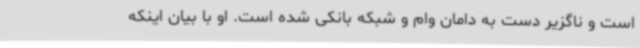
است و ناگزیر دست به دامان وام و شبکه بانکی شده است. او با بیان اینکه